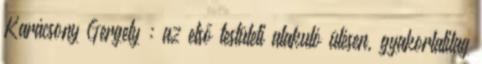
Karácsony Gergely : az első testületi alakuló ülésen, gyakorlatilag